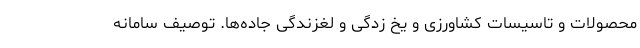
محصولات و تاسیسات کشاورزی و یخ زدگی و لغزندگی جاده‌ها. توصیف سامانه